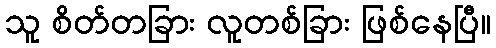
သူ စိတ်တခြား လူတစ်ခြား ဖြစ်နေပြီ။